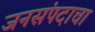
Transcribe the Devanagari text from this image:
जनसंपदाचा